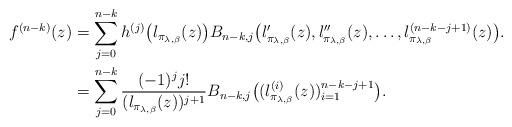
LaTeX: \begin{align*}f^{(n-k)}(z) & =\sum_{j=0}^{n-k}h^{(j)}\big(l_{\pi_{\lambda,\beta}}(z)\big)B_{n-k,j}\big(l'_{\pi_{\lambda,\beta}}(z),l''_{\pi_{\lambda,\beta}}(z),\dots,l_{\pi_{\lambda,\beta}}^{(n-k-j+1)}(z)\big).\\ & =\sum_{j=0}^{n-k}\frac{(-1)^{j}j!}{(l_{\pi_{\lambda,\beta}}(z))^{j+1}}B_{n-k,j}\big((l_{\pi_{\lambda,\beta}}^{(i)}(z))_{i=1}^{n-k-j+1}\big).\end{align*}